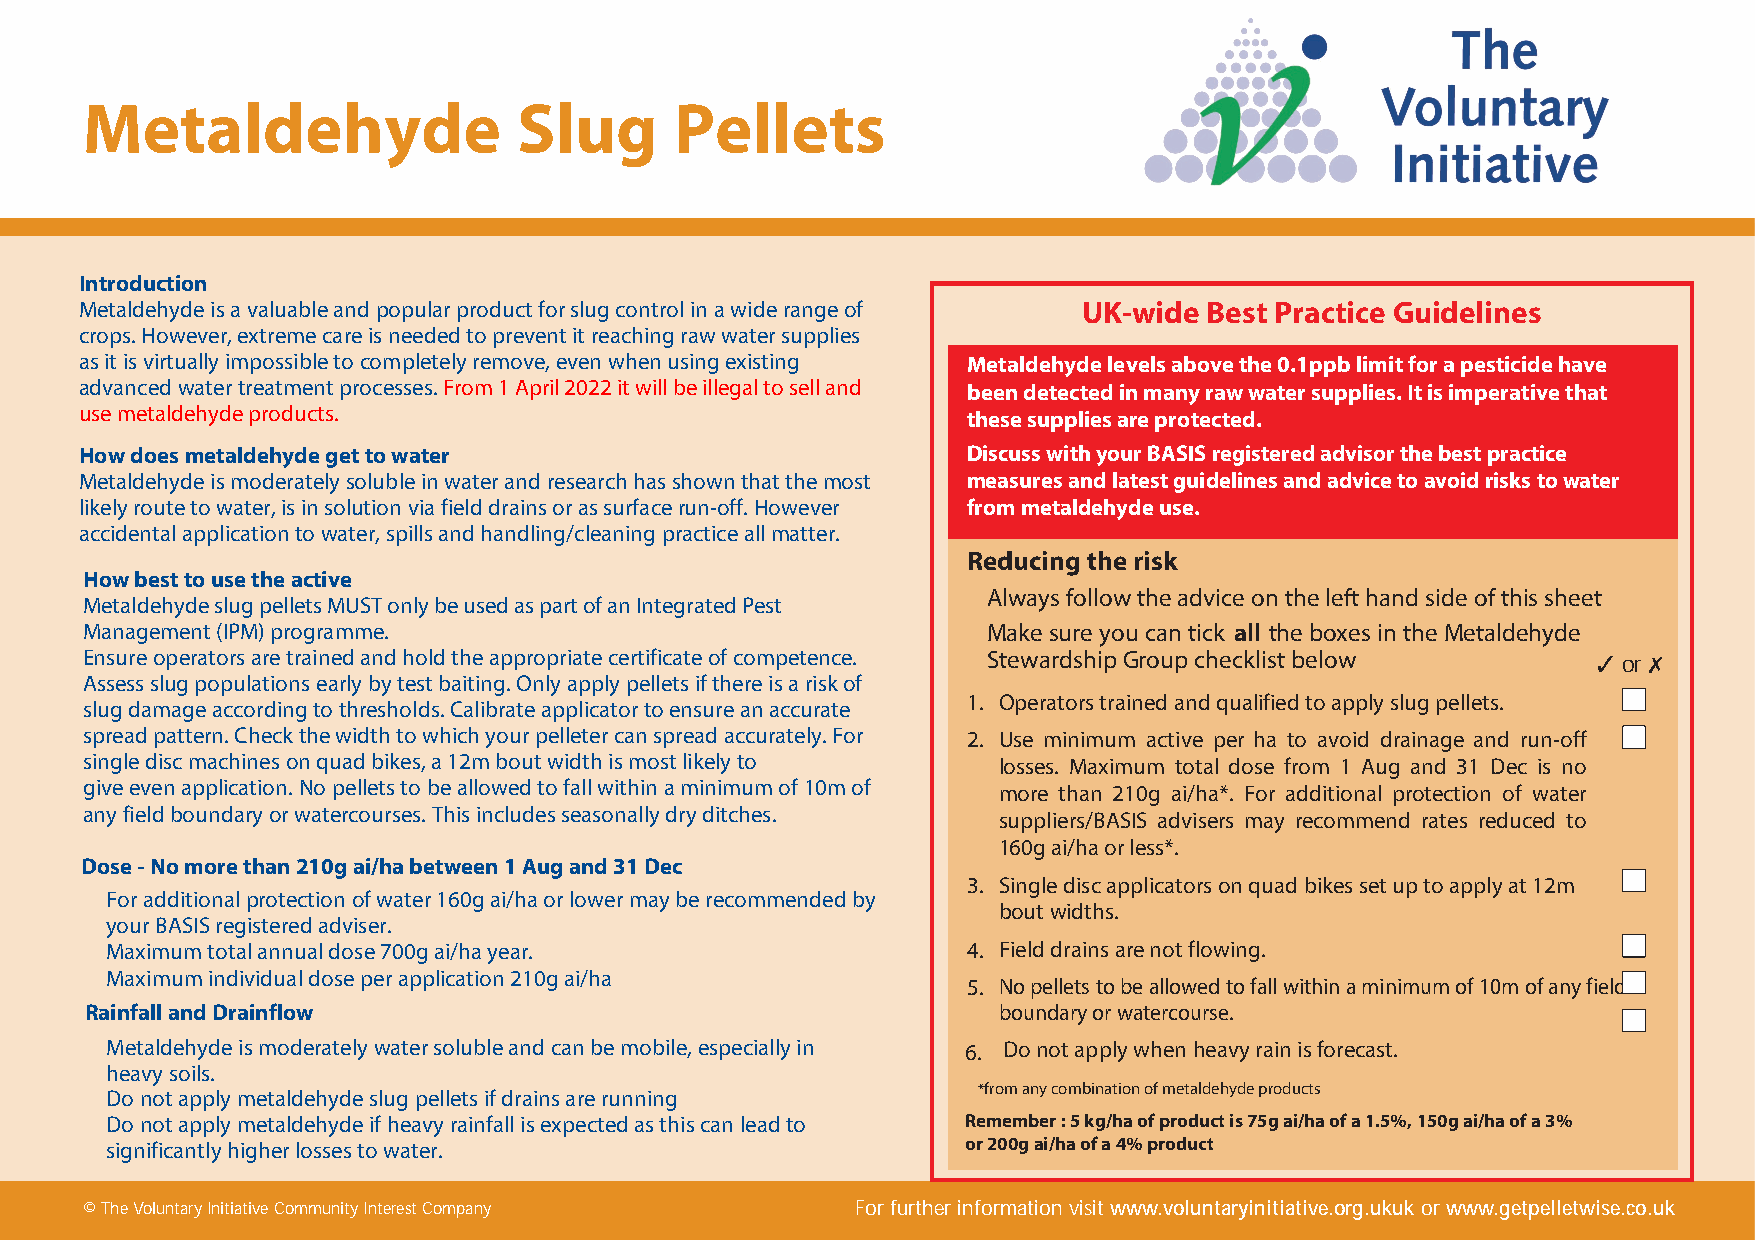
Metaldehyde                  Slug       Pellets
 Introduction
 Metaldehyde is a valuable and popular product for slug control in a wide range of UK-wide Best Practice Guidelines
 crops. However, extreme care is needed to prevent it reaching raw water supplies
 as it is virtually impossible to completely remove, even when using existing Metaldehyde levels above the 0.1ppb limit for a pesticide have
 advanced water treatment processes. From 1 April 2022 it will be illegal to sell and been detected in many raw water supplies. It is imperative that
 use metaldehyde products.                                  these supplies are protected.
 How does metaldehyde get to water                          Discuss with your BASIS registered advisor the best practice
 Metaldehyde is moderately soluble in water and research has shown that the most measures and latest guidelines and advice to avoid risks to water
 likely route to water, is in solution via field drains or as surface run-off. However from metaldehyde use.
 accidental application to water, spills and handling/cleaning practice all matter.
 Reducing the risk
 How best to use the active
 Always follow the advice on the left hand side of this sheet
 Metaldehyde slug pellets MUST only be used as part of an Integrated Pest
 Management (IPM) programme.                                 Make sure you can tick all the boxes in the Metaldehyde
 Ensure operators are trained and hold the appropriate certificate of competence. Stewardship Group checklist below 3 or 7
 Assess slug populations early by test baiting. Only apply pellets if there is a risk of
 1. Operators trained and qualified to apply slug pellets.
 slug damage according to thresholds. Calibrate applicator to ensure an accurate
 spread pattern. Check the width to which your pelleter can spread accurately. For 2. Use minimum active per ha to avoid drainage and run-off
 single disc machines on quad bikes, a 12m bout width is most likely to losses. Maximum total dose from 1 Aug and 31 Dec is no
 give even application. No pellets to be allowed to fall within a minimum of 10m of more than 210g ai/ha*. For additional protection of water
 any field boundary or watercourses. This includes seasonally dry ditches.
 suppliers/BASIS advisers may recommend rates reduced to
 160g ai/ha or less*.
 Dose - No more than 210g ai/ha between 1 Aug and 31 Dec
 3. Single disc applicators on quad bikes set up to apply at 12m
 For additional protection of water 160g ai/ha or lower may be recommended by
 bout widths.
 your BASIS registered adviser.
 Maximum total annual dose 700g ai/ha year.               4. Field drains are not flowing.
 Maximum individual dose per application 210g ai/ha
 5. No pellets to be allowed to fall within a minimum of 10m of any field
 Rainfall and Drainflow                                      boundary or watercourse.
 Metaldehyde is moderately water soluble and can be mobile, especially in 6. Do not apply when heavy rain is forecast.
 heavy soils.
 *from any combination of metaldehyde products
 Do not apply metaldehyde slug pellets if drains are running
 Do not apply metaldehyde if heavy rainfall is expected as this can lead to Remember : 5 kg/ha of product is 75g ai/ha of a 1.5%, 150g ai/ha of a 3%
 significantly higher losses to water.                    or 200g ai/ha of a 4% product
 © The Voluntary Initiative Community Interest Company For further information visit www.voluntaryinitiative.org.ukuk or www.getpelletwise.co.uk